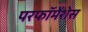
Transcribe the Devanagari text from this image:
परफॉमेंशेस